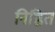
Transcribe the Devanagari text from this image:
निष्ठित